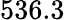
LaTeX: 536.3